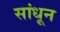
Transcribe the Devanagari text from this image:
सांधून